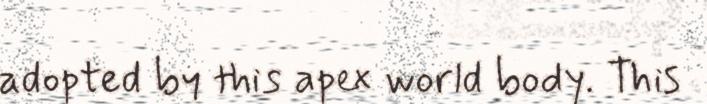
adopted by this apex world body. This